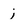
Character: j